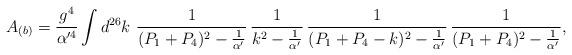
LaTeX: \begin{align*}A_{(b)}=\frac{g^4}{\alpha'^4} \int d^{26}k~ \frac{1}{(P_1 +P_4)^2 - \frac{1}{\alpha'}}\, \frac{1}{k^2 - \frac{1}{\alpha'}}\, \frac{1}{(P_1 +P_4 -k)^2 - \frac{1}{\alpha'}}\, \frac{1}{(P_1 +P_4)^2 - \frac{1}{\alpha'}},\end{align*}